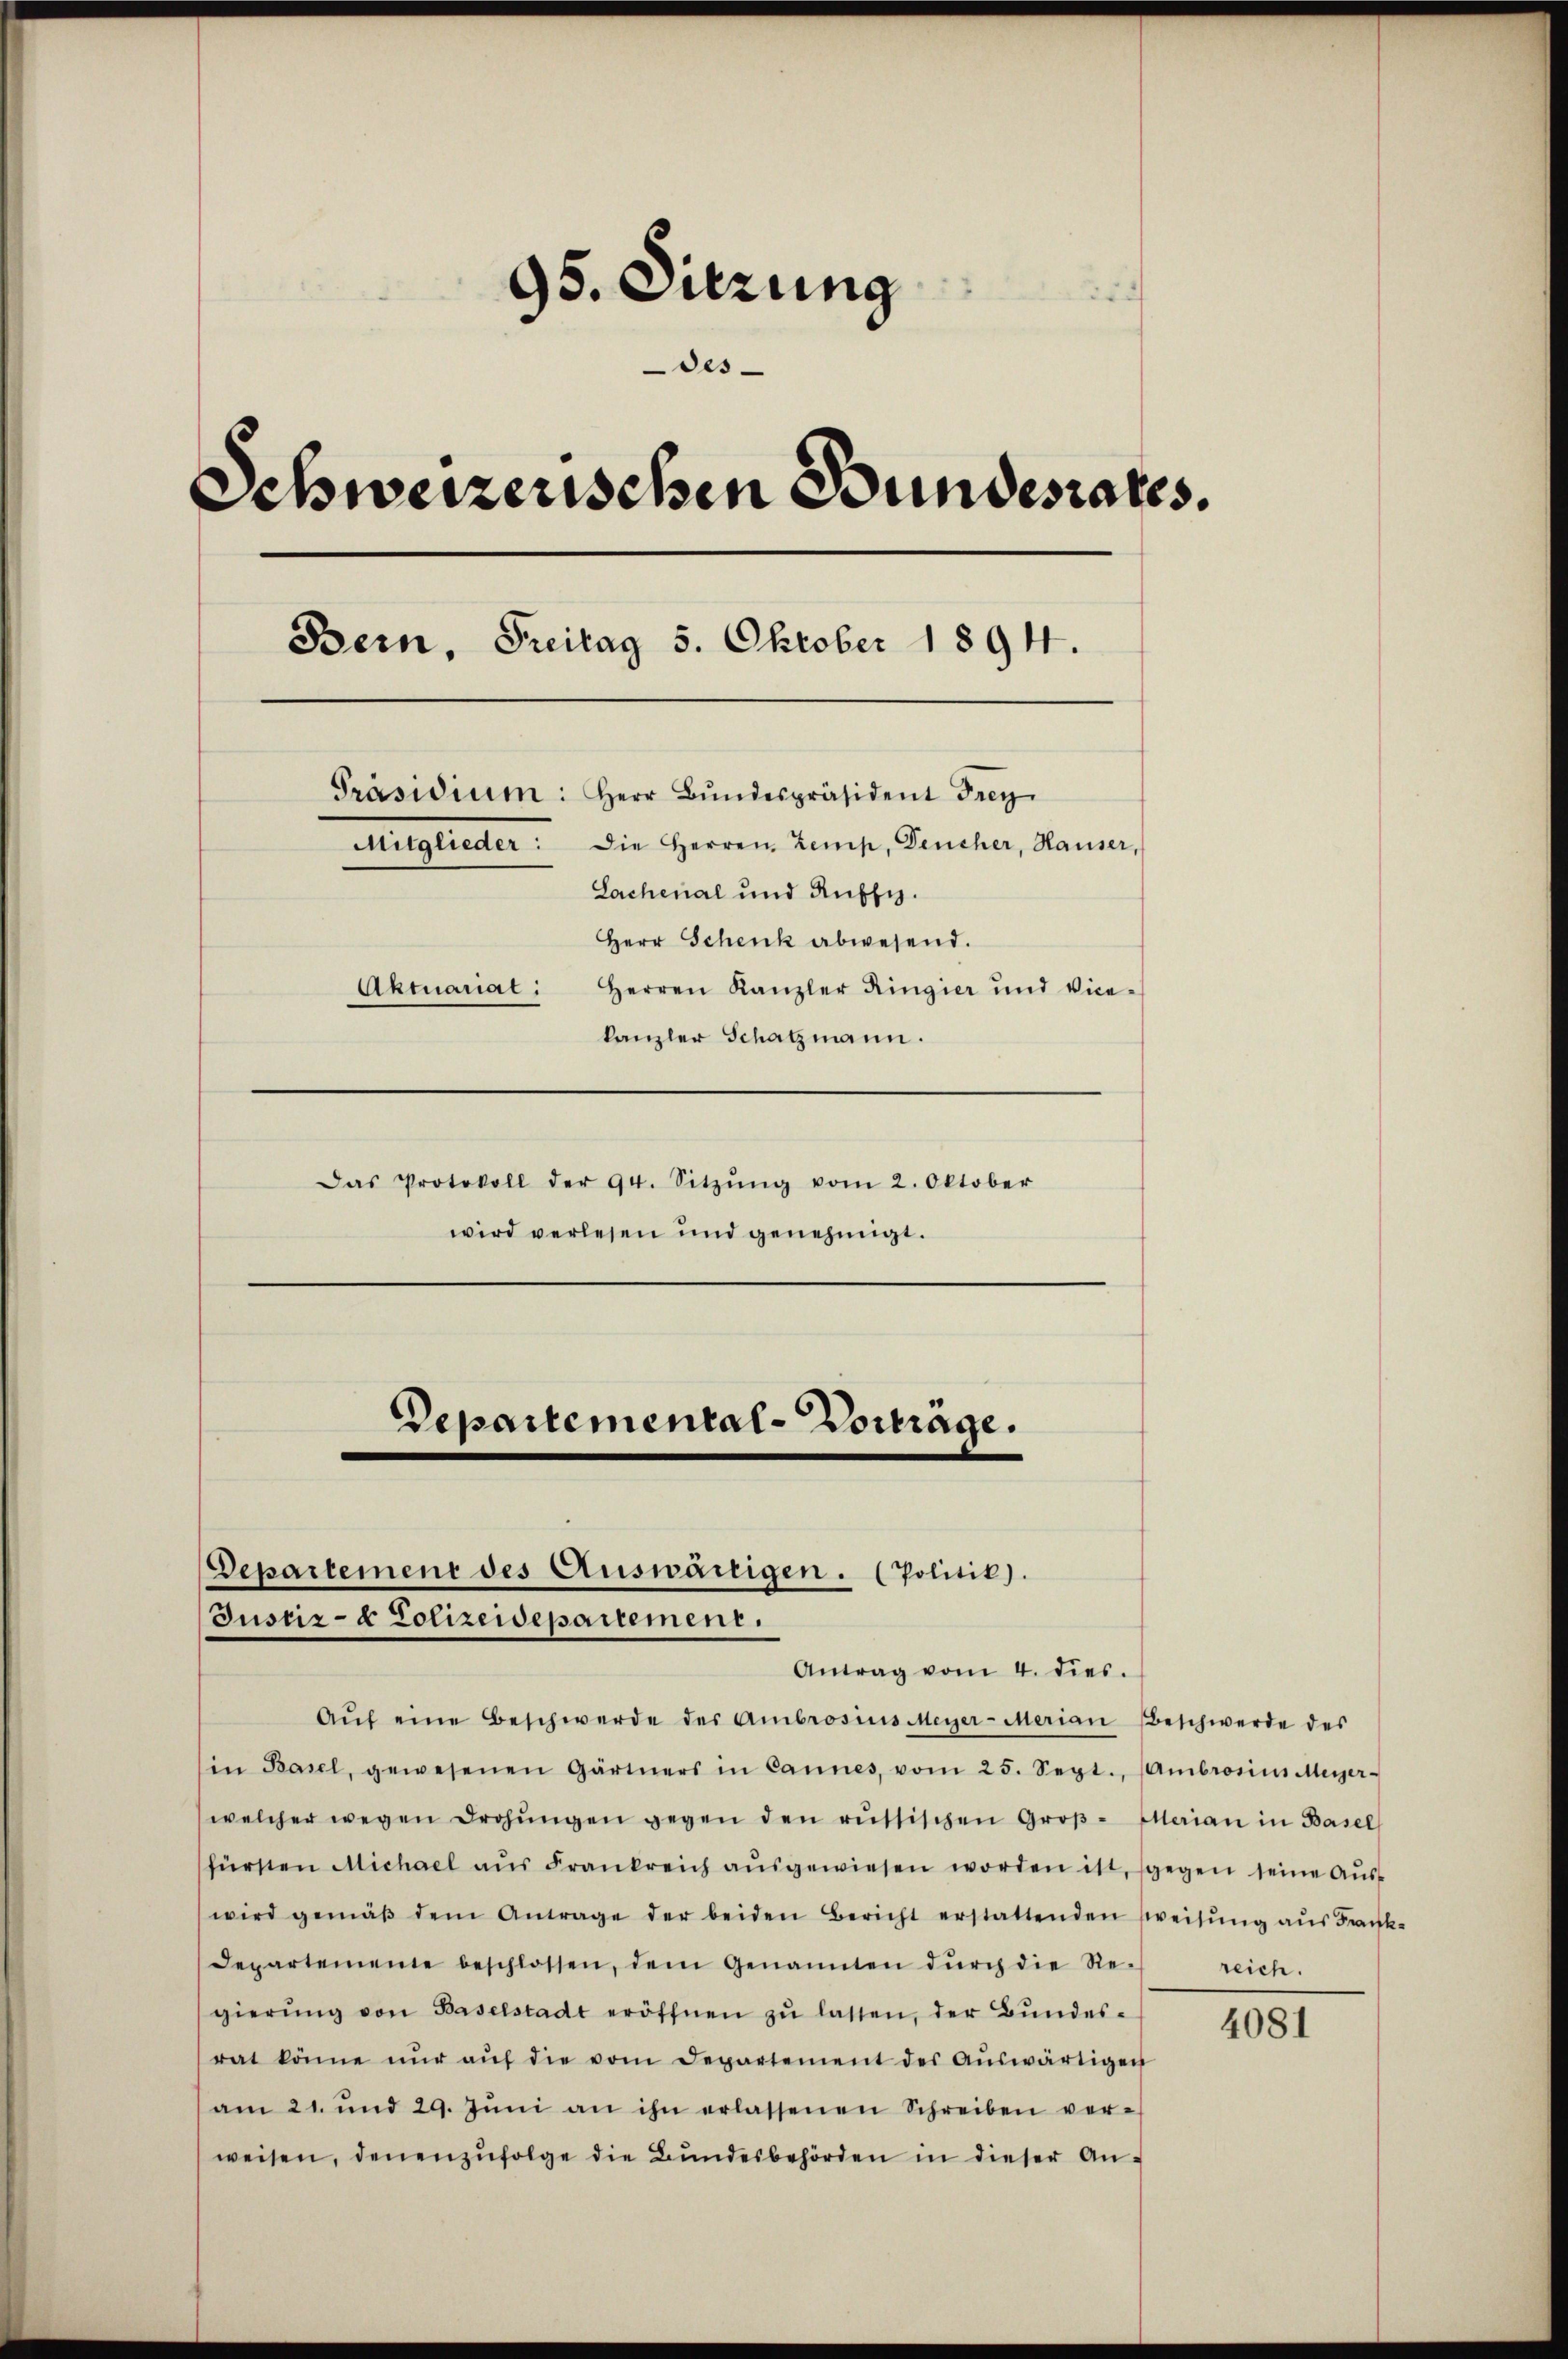
95. Sitzung
Des-
Schweizerischen Bundesrates.
Bern, Freitag 5. Oktober 1894.
Präsidium: Herr Bŭndespräsident Frey
Die Herren Zemp, Deucher, Hauser,
Mitglieder:
Lachenal und Ruffiz.
Herr Schenk abwesend.
Herren Kanzler Ringier und Vice-
Aktuariat:
kanzler Schatzmann.
Das Protokoll der 94. Sitzŭng vom 2. Oktober
wird verlesen und genehmigt.

Aŭf eine Beschwerde des Ambrosius Meyer-Merian Beschwerde des
in Basel, gewesenen Gärtners in Cannes, vom 25. Sept. (Ambrosius Meyer-
welcher wegen drohŭngen gegen den russischen Groβ-Illarian in Basel
fürsten Michael aŭs Frankreich aŭsgewiesen worden ist, gegen seine Auswird gemäβ dem Antrage der beiden Bericht erstattenden Zweisŭng aus Frank-
Departemente beschlossen, dem Genannten dŭrch die Re-
gierŭng von Baselstadt eröffnen zŭ lassen, der Bundes-
rat könne nŭr aŭf die vom Departement des Aŭswärtigen
am 21. und 29. Jŭni an ihn erlassenen Schreiben ver-
weisen, denenzŭfolge die Bundesbehörden in dieser An-

Departemental-Vorträge.
Departement des Auswärtigen. (Politik).
Justiz- & Polizeidepartement.
Antrag vom 4. dies.

reich.

4081